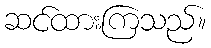
ဆင်ထားကြသည်။